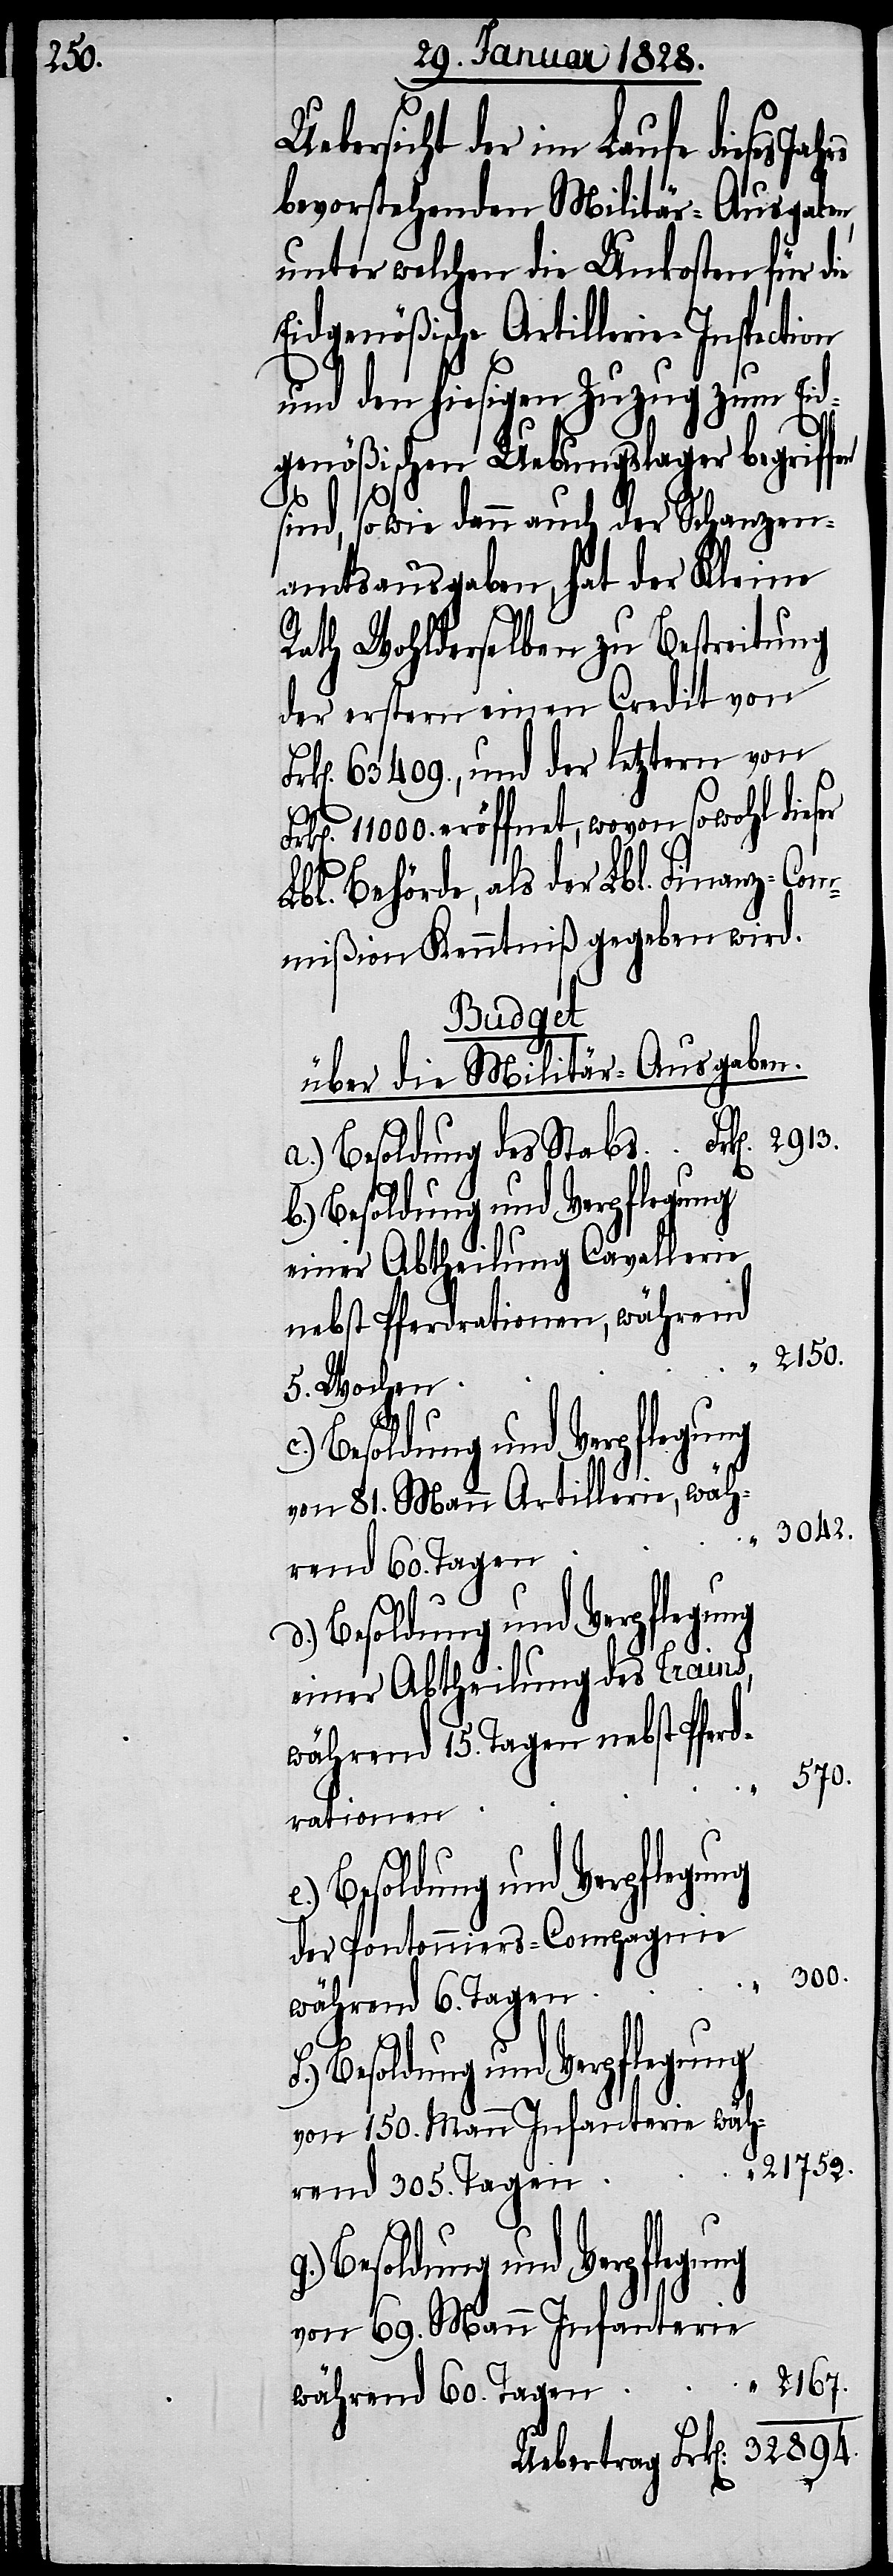
32894.

Uebersicht der im Laufe dieses
bevorstehenden Militär-Ausgaben,
unter welchen die Unkosten für die
Eidgenößische Artillerie-Inspection
und den hiesigen Zuzug zum Eid¬
genößischen Uebungslager begriff¬
sind, so wie dann auch der Schanzen¬
amtsausgaben, hat der Kleine
Rath Wohlderselben zu Bestreitung
der erstern einen Credit von
63409., und der letztern von
11000. eröffnet, wovon sowohl dieser
Lbl. Behörde, als der Lbl. Finanz-Com¬
mißion Kenntniß gegeben wird.
Uebertrag
über die Militär-Ausgaben.
d.) Besoldung und Verpflegung
einer Abtheilung Cavallerie
nebst Pferderationen, während
2150.
5. Wochen
“
g.) Besoldung und Verpflegung
von 81. Mann Artillerie, wäh¬
3042.
rend 60. Tagen
einer Abtheilung des Crains,
während 15. Tagen nebst Pferd¬
rationen
der Pontonniers-Compagnie
von 150. Mann Infanterie wäh¬
21752.
rend 305. Tagen.
von 69. Mann Infanterie
2167.
während 60. Tagen.